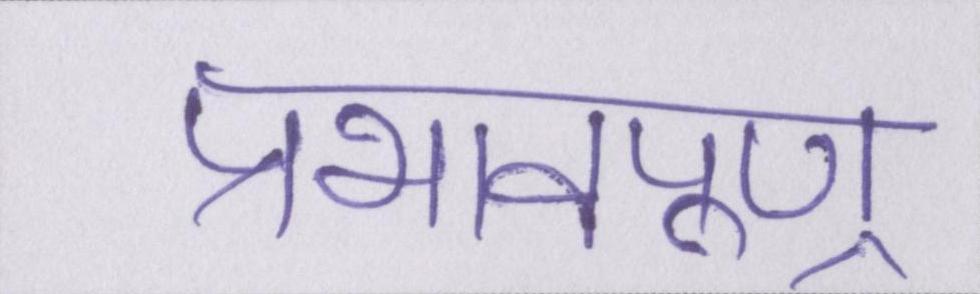
प्रभावपूण्र